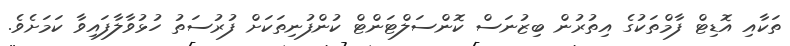
ތަކާއި އޮޑިޓް ފާމްތަކުގެ އިތުރުން ބިޒުނަސް ކޮންސަލްޓަންޓް ކުންފުނިތަކަށް ފުރުސަތު ހުޅުވާލާފައިވާ ކަމަށެވެ.